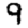
Digit: 9